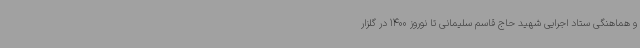
و هماهنگی ستاد اجرایی شهید حاج قاسم سلیمانی تا نوروز 1400 در گلزار